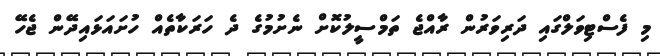
މި ފެސްޓިވަލްގައި ދަރިވަރުން ރާއްޖެ ތަމްސީލުކޮށް ނެށުމުގެ ދެ ހަރަކާތެއް ހުށައަޅައިދޭން ޖެހޭ